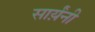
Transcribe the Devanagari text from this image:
सार्य़ंनी